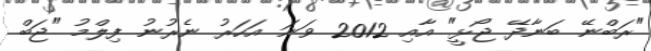
"ރަބްނޭ ބަނާދޭ ޖޯޅީ" އާއި 2012 ވަނަ އަހަރު ނެރުނު ފިލްމު "ޖަބް